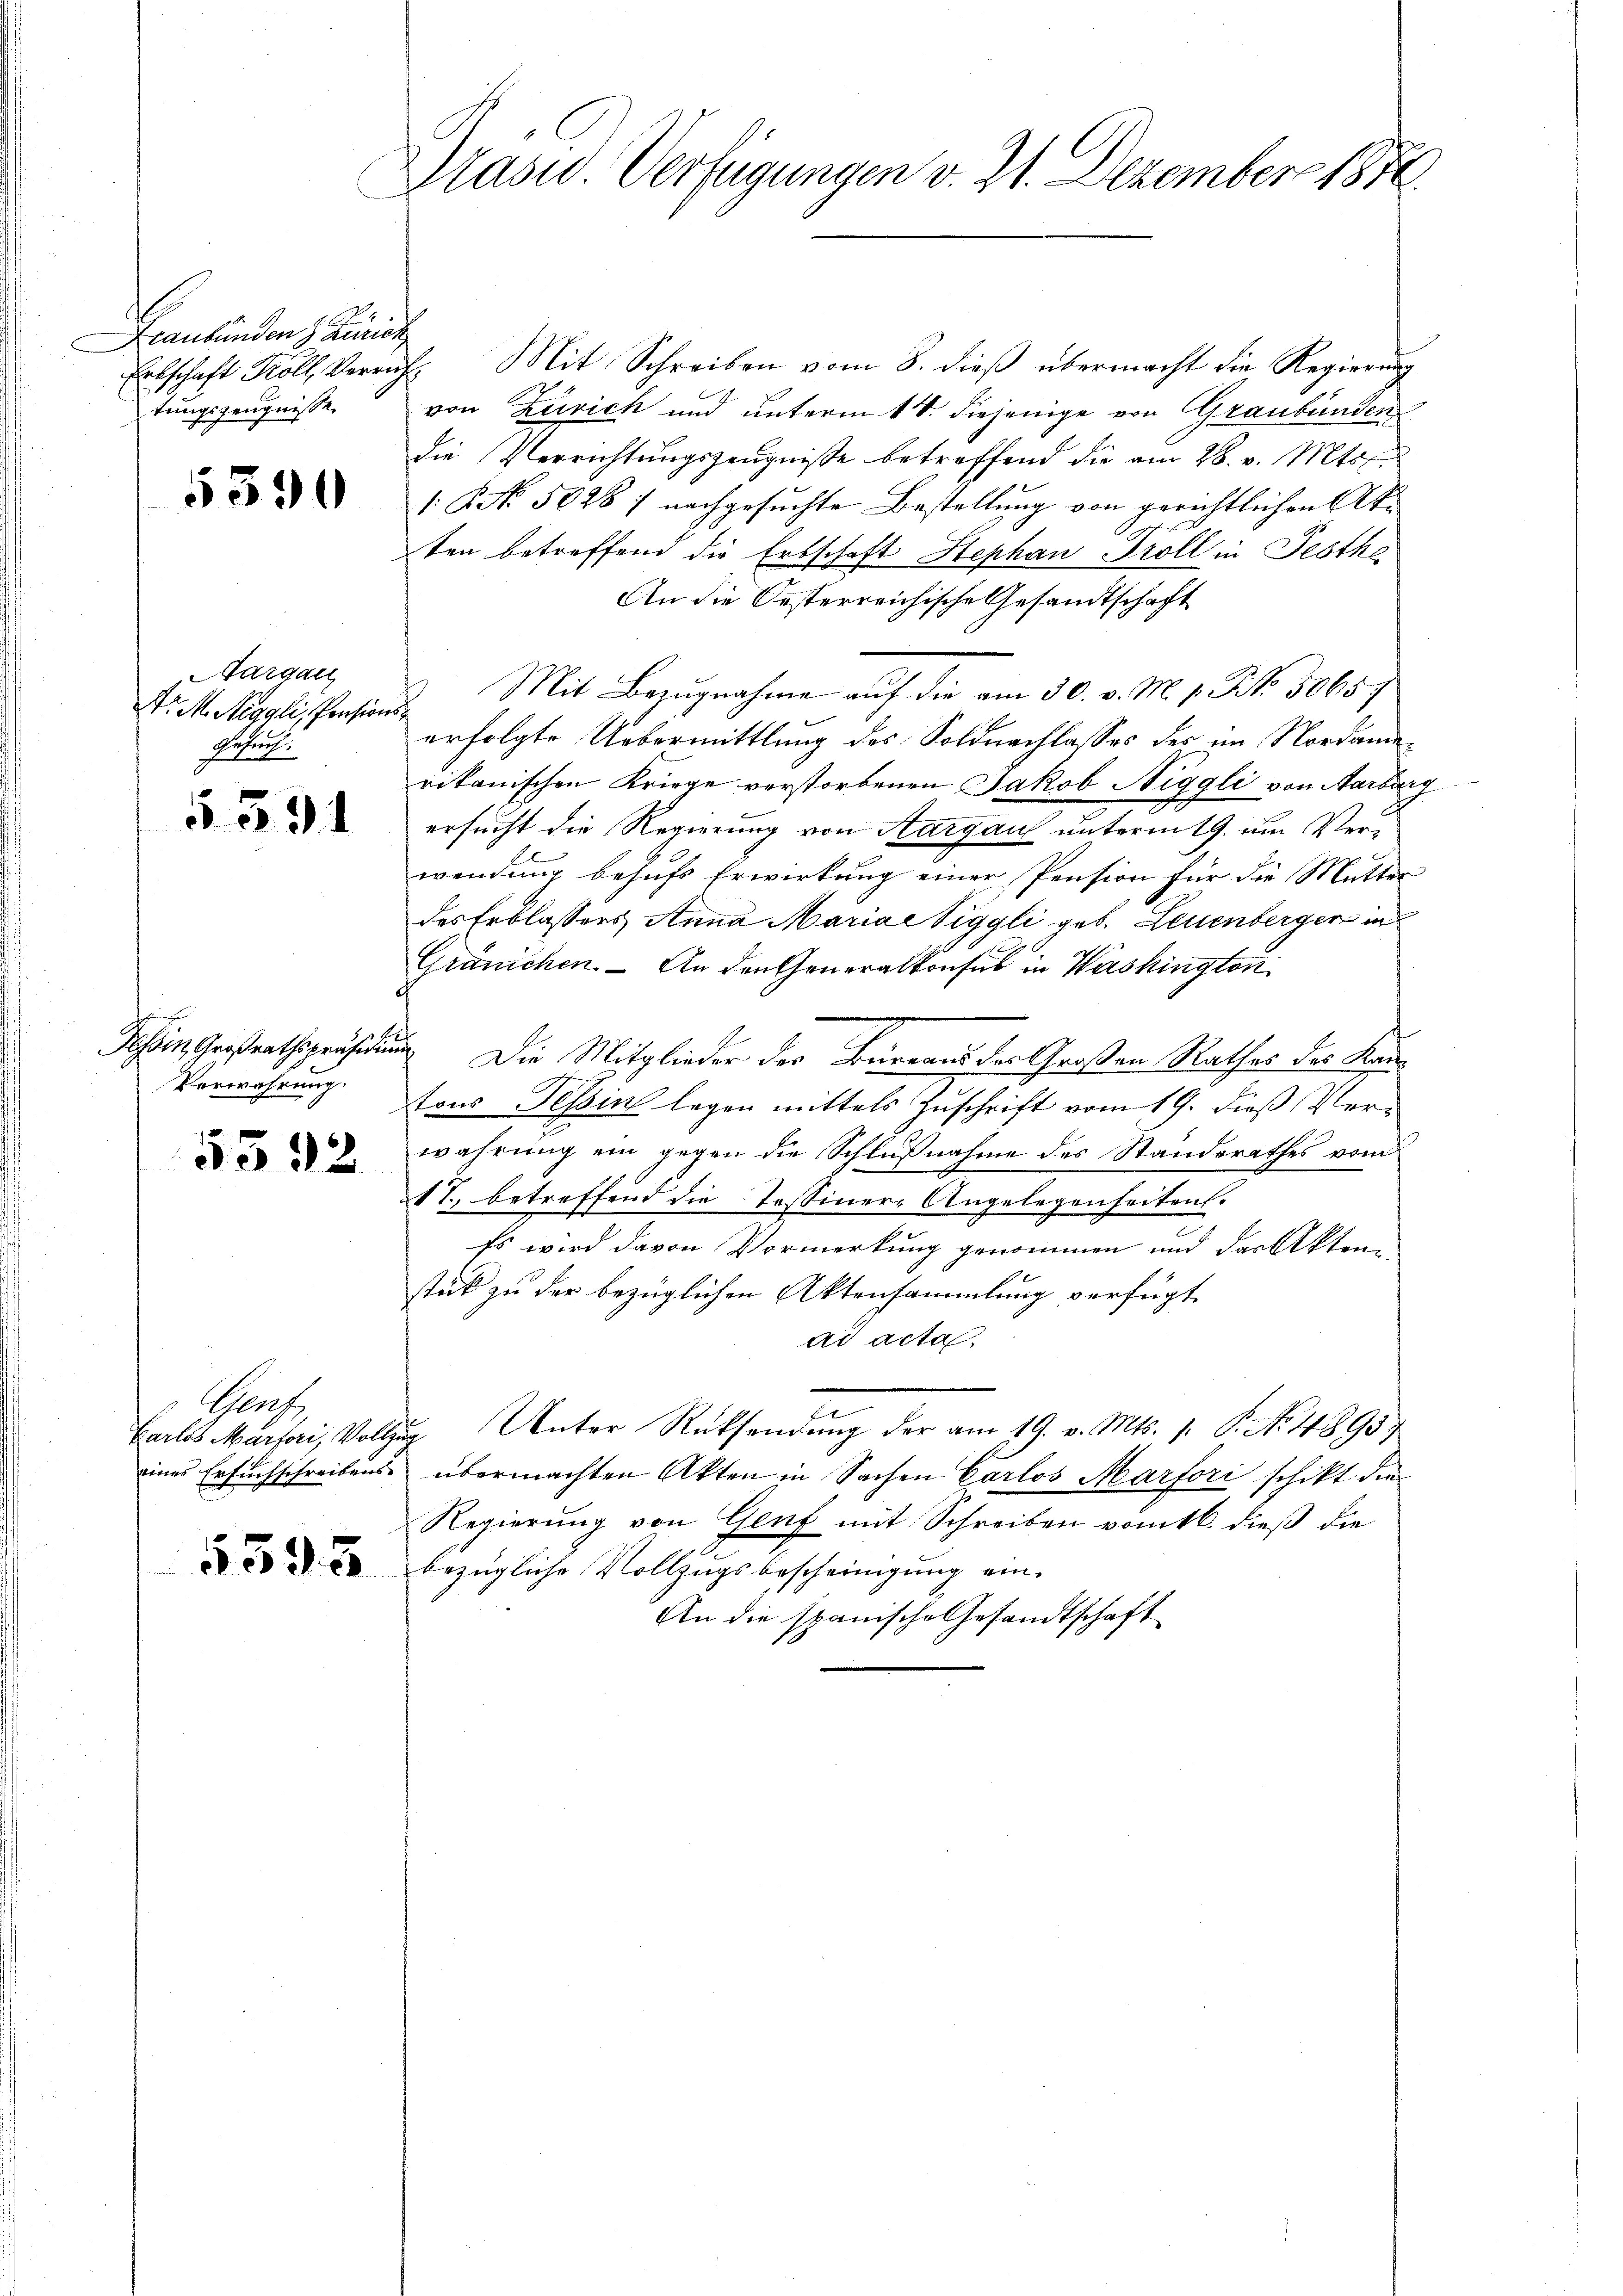
Lraubünden Zurien,
Erbschaft Koll, Veran
tungszeugnisse
5590

Aargau
r M. Neggli, Pensions
Ausrich
§ 391

Tessin, Großrathspräsiden
Verwahrung.
x

d 32

Genf,
eines Ersuchschreibens¬

5393

Stasu. Verfügungen v. 21. Dezember 1876.

E. Mit Schreiben vom 8. dieß übermacht die Regierung
von Zürich und unterm 14. diejenige von Graubünden
die Verrichtungszeugnisse betreffend die am 28. v. Mts.
1: P. No. 5028 / nachgesuchte Bestellung von gerichtlichen Akten betreffend die Erbschaft Stephan Troll in Festha
An die Oesterreichische Gesandtschaft
Mit Bezŭgnahme auf die am 30. v. M. v. NNo. 50657
erfolgte Uebermittlung des Soldnachlasses des im Nordameritanischen Kriege verstorbenen Jakob Niggli von Aarburg
ersucht die Regierung von Aargau unterm 19. um Verwendung behufs Erwirkung einer Pension für die Mutter
des Erblassers Anna Mariae Viggli geb. Leuenberger in
Gränichen. — An den Generalkonsul in Washington
n. Die Mitglieder der Büreaus der Großen Rathes des Kan
tons Tessin legen mittels Zuschrift vom 19. dieß Verwahrung ein gegen die Schlußnahme des Standerathes vom
1T., betreffend die Tessiner-Angelegenheiten.
Es wird davon Vormerkung genommen und der Akten
stück zu der bezüglichen Aktensammlung verfügt
ad acta
Carlos Marseri, Vollzug Unter Rücksendung der am 19. v. Mts. 1. P. No. 1895
übermachten Akten in Sachen Carlos Marfori schikt die
Regierung von Genf mit Schreiben vom 16. dieß die
bezügliche Vollzugsbescheinigung ein-
An die spanische Gesandtschaft